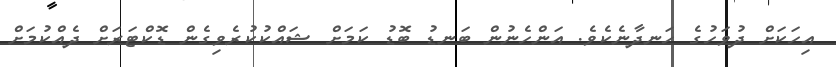
އިހަކަށް ދުވަހުގެ ހަނދާނެކެވެ. އަންހެނުން ބަނޑު ބޮޑު ކަމަށް ޝައްކުކުރެވިގެން ޑޮކްޓަރަށް ދެއްކުމަށް